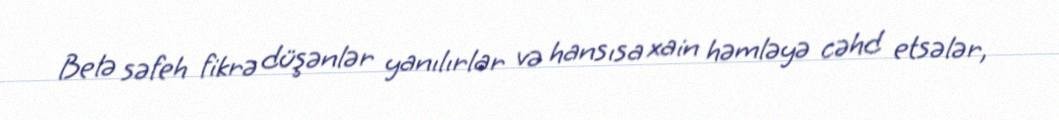
Belə səfeh fikrə düşənlər yanılırlar və hansısa xain həmləyə cəhd etsələr,